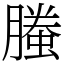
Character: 螣